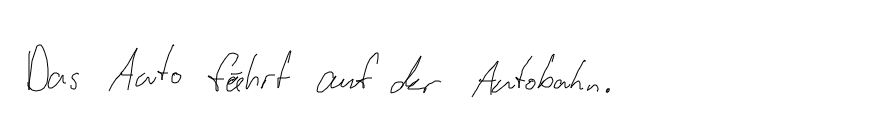
Das Auto fährt auf der Autobahn.